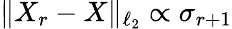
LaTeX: \lVert X_{r}-X\rVert_{\ell_{2}}\propto\sigma_{r+1}